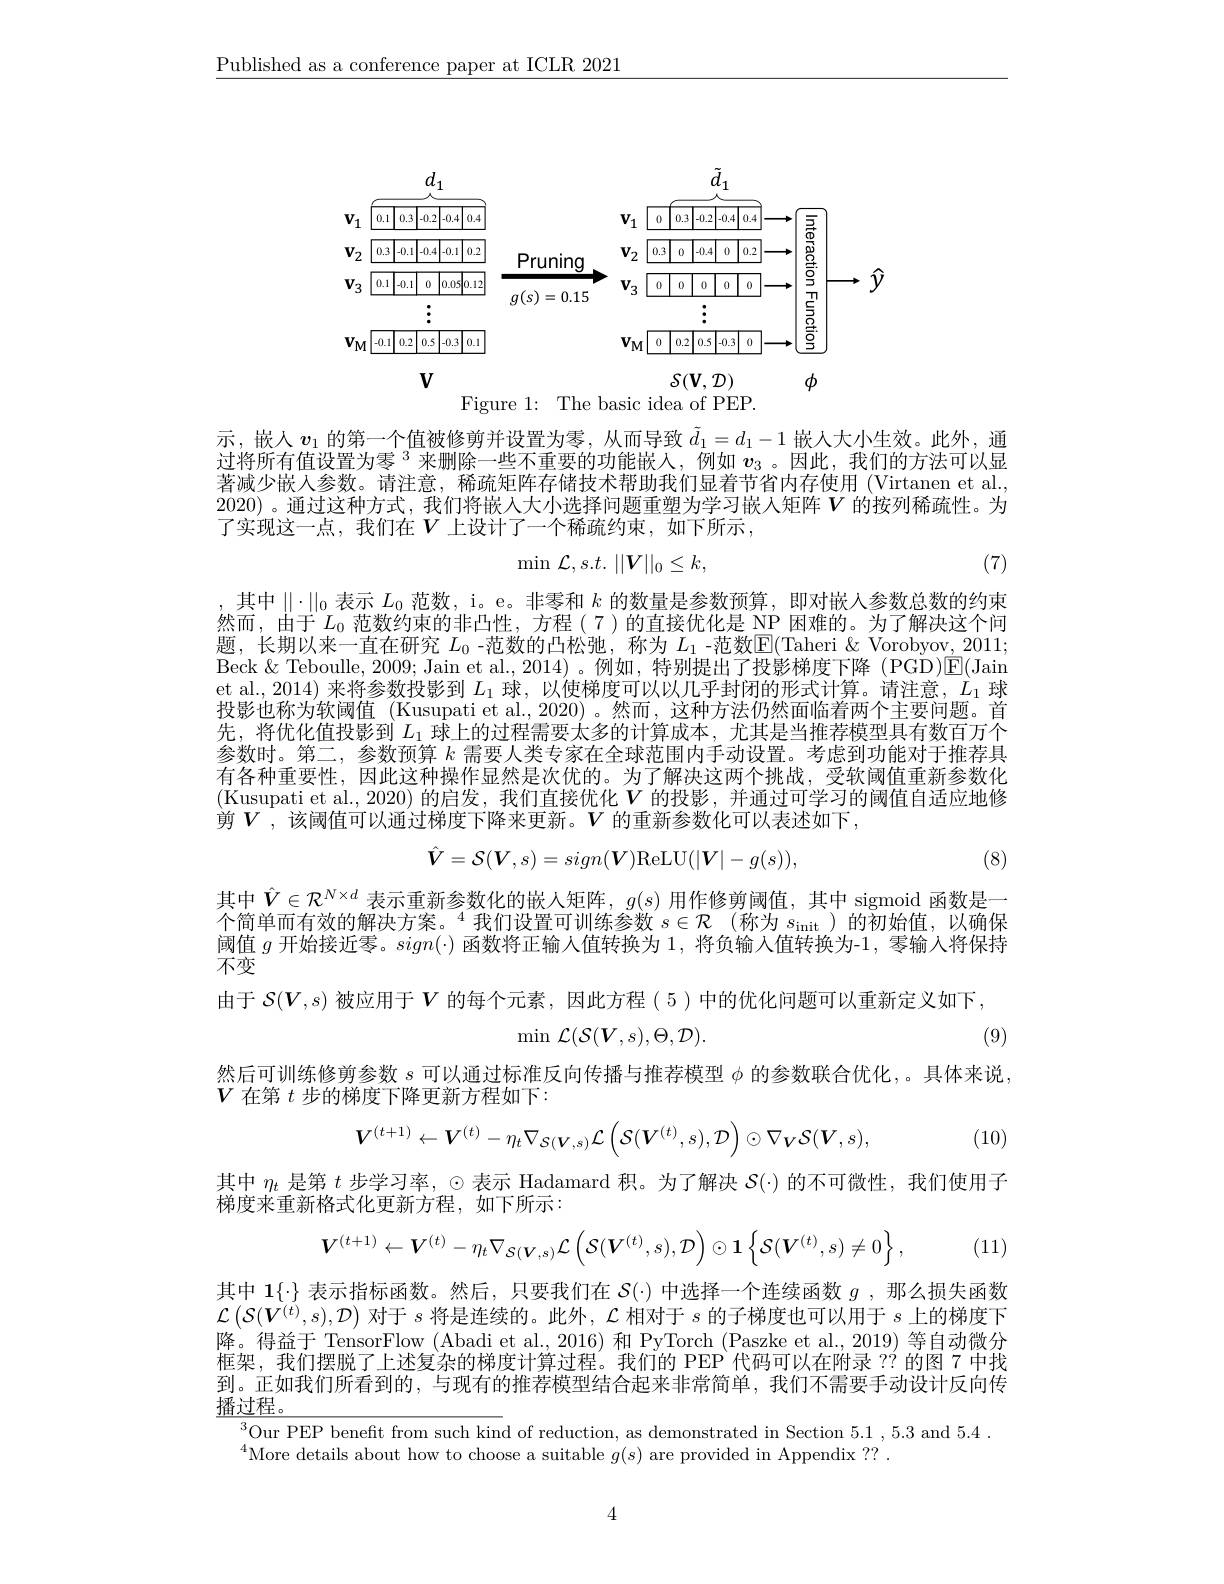
$\underline{\text{Published as a conference paper at ICLR 2021}}$

<FigureHere>

示，嵌人$v_1$的第一个值被修剪并设置为零，从而导致$\tilde{d}_1=d_1-1$嵌入大小生效。此外，通过将所有值设置为零$^{3}$来删除一些不重要的功能嵌人，例如$v_{3}$ 。因此，我们的方法可以显著减少嵌人参数。请注意，稀疏矩阵存储技术帮助我们显着节省内存使用 (Virtanen et al., 2020)。通过这种方式，我们将嵌人大小选择问题重塑为学习嵌入矩阵$V$ 的按列稀疏性。为了实现这一点，我们在$V$上设计了一个稀疏约束，如下所示，
$$\min\mathcal{L},s.t.\:||V||_0\leq k,$$
(7)

,其中$\|\cdot\|_0$表示$L_0$范数，i。e。非零和$k$的数量是参数预算，即对嵌人参数总数的约束然而，由于$L_0$范数约束的非凸性，方程(7)的直接优化是 NP 困难的。为了解决这个问题，长期以来一直在研究 $L_0$ -范数的凸松驰，称为 $L_1$ -范数$\boxed{\mathrm{E}}($Taheri &Vorobyov, 2011; Beck $\&$ Teboulle, 2009; Jain et al., 2014)。例如，特别提出了投影梯度下降(PGD)$\mathsf{E}($Jain et al., 2014) 来将参数投影到$L_1$球，以使梯度可以以几乎封闭的形式计算。请注意，$L_1$球投影也称为软阈值 (Kusupati et al., 2020)。然而，这种方法仍然面临着两个主要问题。首先，将优化值投影到$L_1$球上的过程需要太多的计算成本，尤其是当推荐模型具有数百万个参数时。第二，参数预算$k$需要人类专家在全球范围内手动设置。考虑到功能对于推荐具有各种重要性，因此这种操作显然是次优的。为了解决这两个挑战，受软阈值重新参数化(Kusupati et al.,2020) 的启发，我们直接优化$V$ 的投影，并通过可学习的阈值自适应地修剪$V$,该阈值可以通过梯度下降来更新。$V$ 的重新参数化可以表述如下，
$$\hat{V}=\mathcal{S}(\boldsymbol{V},s)=sign(\boldsymbol{V})\mathrm{ReLU}(|\boldsymbol{V}|-g(s)),$$
(8)

其中$\hat{V}\in\mathcal{R}^{N\times d}$ 表示重新参数化的嵌入矩阵，$g(s)$ 用作修剪阈值，其中 sigmoid 函数是一个简单而有效的解决方案。$^4$我们设置可训练参数$s\in\mathcal{R}$(称为 $s_\mathrm{init}$)的初始值，以确保阈值$g$开始接近零。$sign(\cdot)$函数将正输人值转换为1，将负输入值转换为-1, 零输入将保持不变
由于$\mathcal{S}(V,s)$被应用于$V$的每个元素，因此方程 ( 5 )中的优化问题可以重新定义如下，
(9)
$$\min\:\mathcal{L}(\mathcal{S}(V,s),\Theta,\mathcal{D}).$$
然后可训练修剪参数$s$可以通过标准反向传播与推荐模型$\phi$的参数联合优化，。具体来说，
$V$在第$t$步的梯度下降更新方程如下：
$$V^{(t+1)}\leftarrow V^{(t)}-\eta_{t}\nabla_{\mathcal{S}(V,s)}\mathcal{L}\left(\mathcal{S}(\boldsymbol{V}^{(t)},s),\mathcal{D}\right)\odot\nabla_{\boldsymbol{V}}\mathcal{S}(\boldsymbol{V},s),$$
(10)

其中$\eta_t$是第$t$步学习率，© 表示 Hadamard 积。为了解决$\mathcal{S}(\cdot)$的不可微性，我们使用子
梯度来重新格式化更新方程，如下所示：
$$V^{(t+1)}\leftarrow V^{(t)}-\eta_{t}\nabla_{\mathcal{S}(\boldsymbol{V},s)}\mathcal{L}\left(\mathcal{S}(\boldsymbol{V}^{(t)},s),\mathcal{D}\right)\odot\mathbf{1}\left\{\mathcal{S}(\boldsymbol{V}^{(t)},s)\neq0\right\},$$
(11)

其中 1{.} 表示指标函数。然后，只要我们在$\mathcal{S}(\cdot)$中选择一个连续函数$g$ ,那么损失函数$\mathcal{L}\left(\mathcal{S}(\boldsymbol{V}^{(t)},s),\mathcal{D}\right)$对于$s$将是连续的。此外，$\mathcal{L}$相对于$s$的子梯度也可以用于$s$上的梯度下降。得益于 TensorFlow (Abadi et al., 2016) 和 PyTorch (Paszke et al., 2019) 等自动微分框架，我们摆脱了上述复杂的梯度计算过程。我们的 PEP 代码可以在附录 ??的图 7 中找到。正如我们所看到的，与现有的推荐模型结合起来非常简单，我们不需要手动设计反向传$\underline{\text{播过程。}}$

$^{3}$Our PEP benefit from such kind of reduction, as demonstrated in Section 5.1 , 5.3 and 5.4 .
$^{4}$More details about how to choose a suitable $g(s)$ are provided in Appendix ??.

4